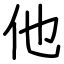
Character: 他